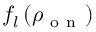
f _ { l } \left( \rho _ { \mathrm { ~ o ~ n ~ } } \right)